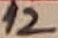
Text: 12